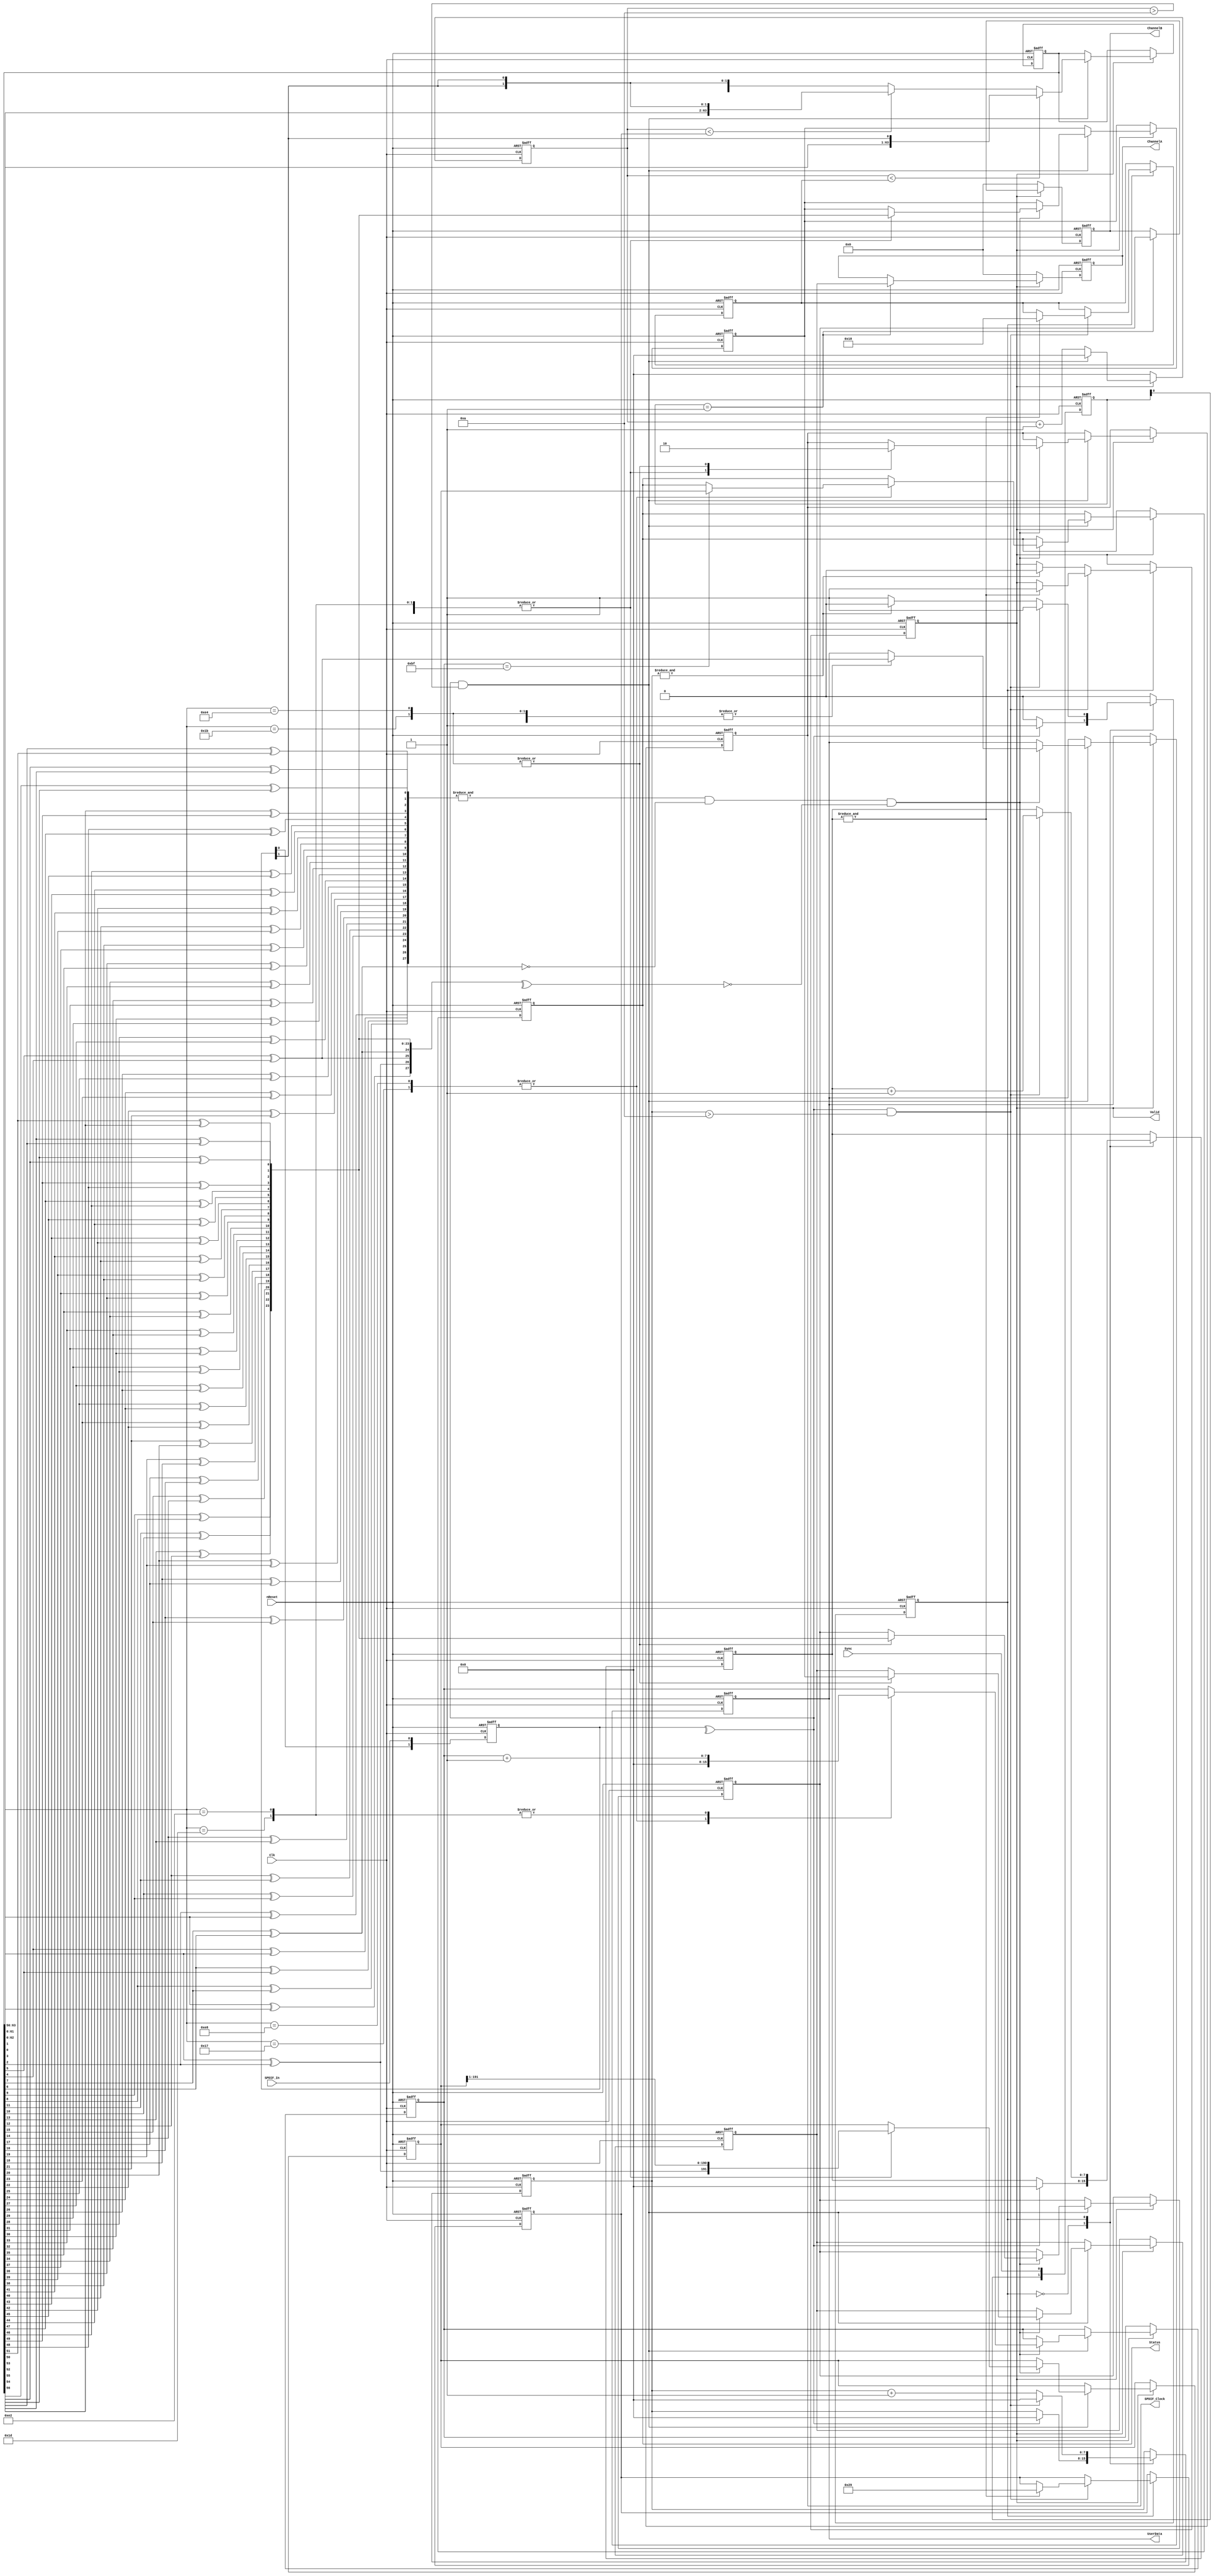
//==============================================================================
// Copyright (C) John-Philip Taylor
// jpt13653903@gmail.com
//
// This file is part of a library
//
// This file is free software: you can redistribute it and/or modify
// it under the terms of the GNU General Public License as published by
// the Free Software Foundation, either version 3 of the License, or
// (at your option) any later version.
// 
// This program is distributed in the hope that it will be useful,
// but WITHOUT ANY WARRANTY; without even the implied warranty of
// MERCHANTABILITY or FITNESS FOR A PARTICULAR PURPOSE.  See the
// GNU General Public License for more details.
// 
// You should have received a copy of the GNU General Public License
// along with this program.  If not, see <http://www.gnu.org/licenses/>
//==============================================================================

module SPDIF(
  input nReset,
  input Clk,  // 100 MHz
  input Sync, // 390 625 kHz
  
  output reg [ 23:0]ChannelA, // Left
  output reg [ 23:0]ChannelB, // Right
  output reg        Valid,
  output reg        UserData,
  output reg [191:0]Status,   // The Channel Status Information Bits
 
  output reg        SPDIF_Clock, // ~48 kHz
  input             SPDIF_In);
//------------------------------------------------------------------------------

  parameter Glitch = 8'd10; // 100 ns for 100 MHz clock

  reg  [  1:0]pSPDIF;
  reg         state;

  reg  [  7:0]count;
  reg  [  7:0]single;
  reg  [  7:0]temp;
  reg  [  7:0]Count_1_5;
  reg  [  7:0]Count_2_5;
 
  reg  [  7:0]DR_Count; // Data Recovery
  reg  [ 63:0]data;
  wire [ 27:0]decode;
  wire [ 27:0]valid;

  reg  [191:0]tStatus;
  reg  [  7:0]FrameCount;
 
  reg  [ 23:0] tChannelA;
  reg  [ 23:0] tChannelB;
  reg  [ 23:0]ttChannelA;
  reg  [  1:0]  pSync;
//------------------------------------------------------------------------------

  always @(negedge nReset, posedge Clk) begin
    if(!nReset) begin
      state       <= 0;
   
      count       <= 0;
      single      <= 0;
      temp        <= 0;
      Count_1_5   <= 0;
      Count_2_5   <= 0;
      pSPDIF      <= 0;
      Valid       <= 0;
   
      UserData    <= 0;   
      Status      <= 0;
      tStatus     <= 0;
      FrameCount  <= 0;

      DR_Count    <= 0;

      SPDIF_Clock <= 0;
   
      data        <= 0;
      ChannelA    <= 0;
      ChannelB    <= 0;
    tChannelA    <= 0;
    tChannelB    <= 0;
  ttChannelA    <= 0;
      pSync       <= 0;
//------------------------------------------------------------------------------
   
    end else begin
      pSPDIF <= {pSPDIF[0], SPDIF_In};
//------------------------------------------------------------------------------
// Pulse Width measurement
//------------------------------------------------------------------------------
   
      case(state)
        1'b0: begin
          if(^pSPDIF) begin
            count  <= 0;
            temp   <= 0;
            single <= {8{1'b1}};
            state  <= 1'b1;
          end
        end
//------------------------------------------------------------------------------

        1'b1: begin
          if((^pSPDIF) && (count > Glitch)) begin
            if(count < single) single <= count;

            if(&temp) begin
              Count_1_5 <= 8'd24; // single             + single[7:1] + single[0];
              Count_2_5 <= 8'd41; //{single[6:0], 1'b0} + single[7:1] + single[0];
              Valid     <= 1'b1;
              single    <= {8{1'b1}};
            end
      
            count <= 0;
            temp  <= temp + 1'b1;
      
          end else begin
            if(&count) begin
              Valid <= 1'b0;
              state <= 1'b0;
            end
            count <= count + 1'b1;
          end
        end
//------------------------------------------------------------------------------
     
        default:;
      endcase
//------------------------------------------------------------------------------
// Clock and Data Recovery
//------------------------------------------------------------------------------
     
      pSync <= {pSync[0], Sync};
//------------------------------------------------------------------------------

      if(Valid) begin
        if(pSync == 2'b01) begin
          ChannelA <= tChannelA;
          ChannelB <= tChannelB;
        end

        if((^pSPDIF) && (DR_Count > Glitch)) begin
          if     (DR_Count < Count_1_5) data <= {data[62:0],    pSPDIF[1]  };
          else if(DR_Count < Count_2_5) data <= {data[61:0], {2{pSPDIF[1]}}};
          else                          data <= {data[60:0], {3{pSPDIF[1]}}};
     
          if((  &valid     ) &&      // Valid Biphase Mark Coding
                (  ~decode[24]) &&      // Valid Sample
                (~(^decode)   ) ) begin // Even parity
            case(data[63:56])
              8'b11101000,       // Start of frame; Channel A
              8'b00010111: begin // Start of frame; Channel A
                if(FrameCount == 8'd191) begin
                  Status     <= tStatus;
                end
                FrameCount  <= 0;
                tStatus     <= {decode[26], tStatus[191:1]};
                ttChannelA  <= decode[23:0];
                UserData    <= decode[25];
                SPDIF_Clock <= 1'b1;
              end
      
              8'b11100010,       // Channel A
              8'b00011101: begin // Channel A
                FrameCount  <= FrameCount + 1'b1;
                tStatus     <= {decode[26], tStatus[191:1]};
                ttChannelA  <= decode[23:0];
                UserData    <= decode[25];
                SPDIF_Clock <= 1'b1;
              end
      
              8'b11100100,       // Channel B
              8'b00011011: begin // Channel B
                tChannelA   <= ttChannelA;
                tChannelB   <= decode[23:0];
                UserData    <= decode[25];
                SPDIF_Clock <= 1'b0;
              end
      
              default:;
            endcase
          end

          DR_Count <= 0;
     
        end else begin
          DR_Count <= DR_Count + 1'b1;
        end
    
      end else begin
        ChannelA <= 0;
        ChannelB <= 0;
        DR_Count <= 0;
      end
    end
  end
//------------------------------------------------------------------------------

  generate
    genvar i;
    for(i = 0; i < 28; i = i + 1) begin: G_Decode
      assign decode[27-i] = data[i*2+1] ^ data[i*2  ];
      assign valid [27-i] = data[i*2+2] ^ data[i*2+1];
    end
  endgenerate
endmodule
//------------------------------------------------------------------------------